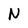
Character: N